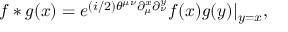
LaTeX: f * g ( x ) = e ^ { ( i / 2 ) \theta ^ { \mu \nu } \partial _ { \mu } ^ { x } \partial _ { \nu } ^ { y } } f ( x ) g ( y ) | _ { y = x } ,